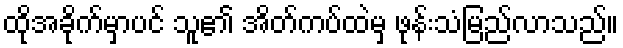
ထိုအခိုက်မှာပင် သူ၏ အိတ်ကပ်ထဲမှ ဖုန်းသံမြည်လာသည်။